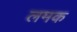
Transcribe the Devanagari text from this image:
लमक